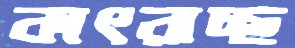
কাৎরাচ্ছ